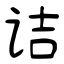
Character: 诘